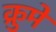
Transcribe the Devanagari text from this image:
क्रुमे